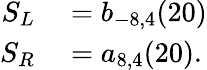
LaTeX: \begin{array}{rl}{S_{L}}&{{}=b_{-8,4}(20)}\\ {S_{R}}&{{}=a_{8,4}(20).}\end{array}